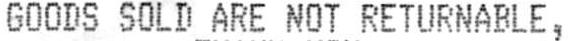
GOODS SOLD ARE NOT RETURNABLE,